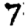
Digit: 7